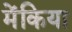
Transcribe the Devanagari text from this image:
मेंकिया